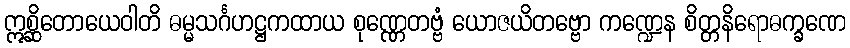
ဣစ္ဆိတောယေဝါတိ ဓမ္မသင်္ဂဟဋ္ဌကထာယ စုဏ္ဏေတဗ္ဗံ ယောဇယိတဗ္ဗော ကဏ္ဍေန စိတ္တနိရောဓက္ခဏေ